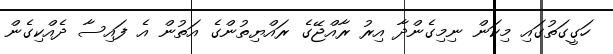
ހަގީގަތުގައި މިކަން ނިމިގެންދާ އިރު ރާއްޖޭގެ ރައްޔިތުންގެ އަތުން އެ ފައިސާ ދެއްކިގެން